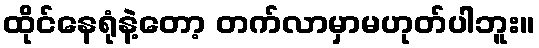
ထိုင်နေရုံနဲ့တော့ တက်လာမှာမဟုတ်ပါဘူး။